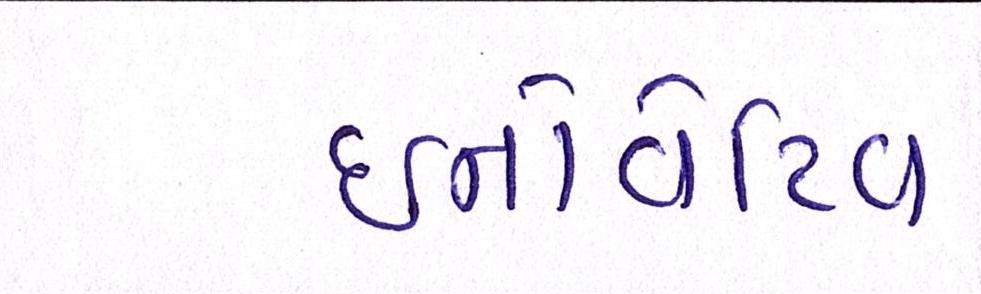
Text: ઇનોવેટિવ